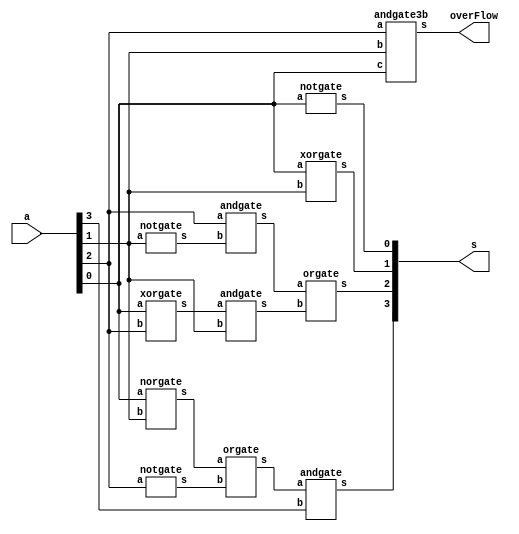
// -------------------------
// Exemplo0033  Incremento de 1
// Nome: Jenifer Henrique Moreira Borges
// ------------------------- 
 
module incremento (output [3:0] s, output overFlow, input [3:0] a);

        wire w0,w1,w2,w3,w4,n1,n2,n3;
		          
        norgate NOR1(w0,a[0],a[1]);
        notgate NOT1(n1,a[2]);
        orgate  OR1(w1,w0,n1);
        andgate AND1(s[3],w1,a[3]);

        xorgate XOR1(w2,a[0],a[2]);
        andgate AND2(w3,w2,a[1]);
        notgate NOT2(n2,a[1]);
        andgate AND3(w4,a[2],n2);
        orgate  OR2(s[2],w4,w3);

        xorgate XOR2(s[1],a[0],a[1]);

        notgate NOT3(s[0],a[0]);

        andgate3b AND4(overFlow,a[2],a[1],a[0]);

endmodule //incremento


module norgate (output s,input a, input b);
  assign s = ~(a|b);
endmodule

module notgate (output s,input a);
  assign s = ~a;
endmodule

module andgate3b (output s,input a,input b,input c);
  wire x;
  andgate AND1(x,a,b);
  andgate AND2(s,x,c);
endmodule

module andgate (output s, input a, input b);
  assign s = a & b;
endmodule

module xorgate (output s, input a, input b);
  assign s = a ^ b;
endmodule

module orgate (output s, input a,  input b);
  assign s = a | b;
endmodule

module teste_incremento;
// ------------------------- definir dados
      reg [3:0] x = 4'b0000;
      wire overFlow;
      wire [3:0] result;

      incremento INC1(result,overFlow,x);

// ------------------------- parte principal 
 initial begin 
      $display("Exemplo0032 - Jenifer Henrique Moreira Borges - 427420");
      $display("Incremento de 1\n");

      $monitor("%4b + 1 = %4b Overflow = %1b",x,result,overFlow);

      #1 x=4'b0110;
      #1 x=4'b0111;
      #1 x=4'b0101;
      #1 x=4'b0011;
      #1 x=4'b0100;
 
 end
 
endmodule